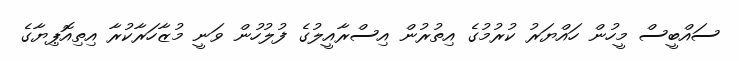
ސައްބީސް މީހުން ހައްޔަރު ކުރުމުގެ އިތުރުން އިސްރާއީލުގެ ފުލުހުން ވަނީ މުޒާހަރާކުރާ އިތިއޮޕިޔާގެ